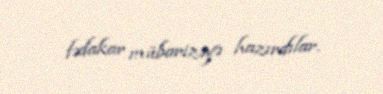
fədakar mübarizəyə hazırdılar.